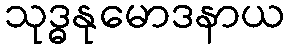
သုဒ္ဓနုမောဒနာယ